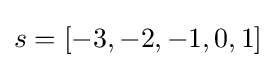
s=[-3,-2,-1,0,1]